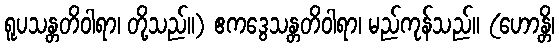
ရူပသန္တတိဝါရာ၊ တို့သည်။) ဧကဒွေသန္တတိဝါရာ၊ မည်ကုန်သည်။ (ဟောန္တိ၊